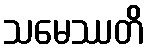
သမေဿတိ